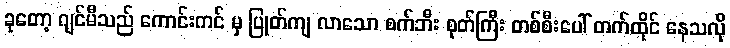
ခုတော့ ဂျင်မီသည် ကောင်းကင် မှ ပြုတ်ကျ လာသော စက်ဘီး စုတ်ကြီး တစ်စီးပေါ် တက်ထိုင် နေသလို